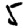
Digit: 5